Vital statistics of India. Vol. IV, Annual returns from 1871 to 1876. British Army of India, Native Army and jails of Bengal
Year: 1871
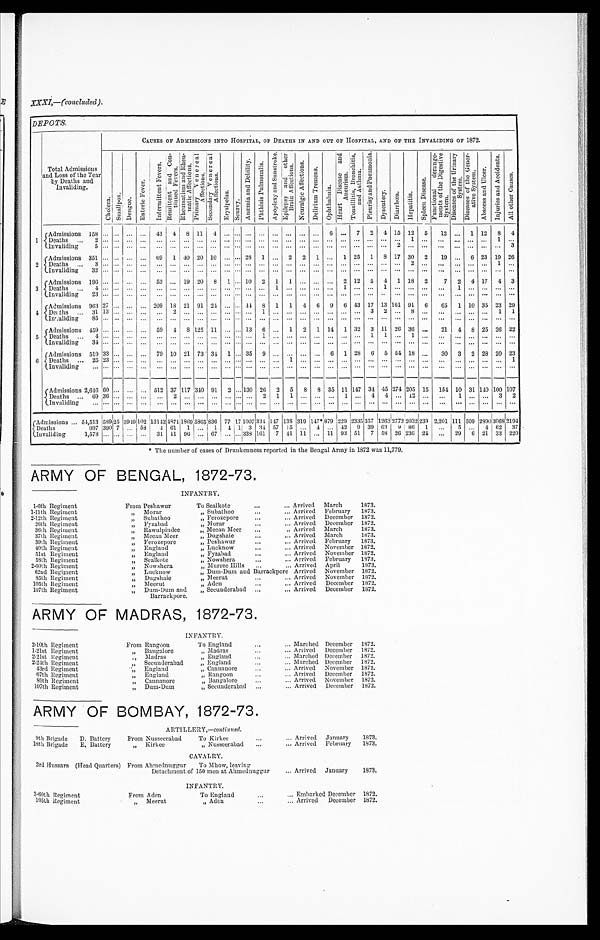
XXXI,—(concluded).
DEPOTS.
Total Admissions
and Loss of the Year
by Deaths and
Invaliding.
CAUSES OF ADMISSIONS INTO HOSPITAL, OF DEATHS IN AND OUT OF HOSPITAL, AND OF THE INVALIDING OF 1872.
C h o l e r a .
S m a l l p o x . D e n g u e .
E n t e r i c F e v e r .
I n t e r m i t t e n t F e v e r s .
R e m i t t e n t a n d C o n -
t i n u e d F e v e r s .
R h e u m a t i s m a n d R h e u -
m a t i c A f f e c t i o n s . P r i m a r y V e n e r e a l A f f e c t i o n s .
S e c o n d a r y V e n e r e a l A f f e c t i o n s .
E r y s i p e l a s .
S c u r v y .
A n æ m i a a n d D e b i l i t y . P h t h i s i s P u l m o n a l i s .
A p o p l e x y a n d S u n s t r o k e . E p i l e p s y a n d o t h e r B r a i n A f f e c t i o n s .
N e u r a l g i c A f f e c t i o n s .
D e l i r i u m T r e m e n s .
O p h t h a l m i a .
He a r t Di s e a s e a n d An e u r i s m.
T o n s i l l i t i s , B r o n c h i t i s , a n d A s t h m a .
P l e u r i s y a n d P n e u m o n i a .
D y s e n t e r y . D i a r r h œ a . Hepat i t i s .
S p l e e n D i s e a s e .
F u n c t i o n a l d e r a n g e -
m e n t s o f t h e D i g e s t i v e S y s t e m .
D i s e a s e s o f t h e U r i n a r y S y s t e m .
D i s e a s e s o f t h e G e n e r -
a t i v e S y s t e m.
A b s c e s s a n d U l c e r .
I n j u r i e s a n d A c c i d e n t s .
A l l o t h e r C a u s e s .
1 Admissions 158 ... ... ... ... 43 4 8 11
4
. . . . . . . . .
. . . . . . . . . .
. . . ... 6 ... 7 2 4 15 12 5
12 ... 1 12 8 4
Deaths ... 2 ... ...
..
.
... ... ... ... ...
. . . ... ... ... ... ... ... ... ... ... ... ... ... ... ... 1
. . . . . .
. . . ... ... 1 ...
Invaliding
5 . . . . . .
... ...
. . .
. . . . . .
...
. . .
. . . . . . . . .
. . . . . . . . . . . . ...
. . .
... ...
. . . . . . 2 ...
. . .
. . .
. . .
... ...
... . . .
2
Admissions 351 ... ... ... .. 69 1 40 20 10 ... ... 28 1 ... 2 2 1 ... 1 25 1 8 17 30 2
19 ... 6 23 19 26
Deaths ... 3 ... ... ... .. ... ... ... ... ... ... ... ... ... ... ... ... ... ...
. . . ... ...
. . . . . . . . .
2
. . .
. . . . . . ... ... 1
. . .
I n v a l i d i n g
3 2 . . . . . .
... ...
. . .
. . . . . .
...
. . . . . . . . . . . .
. . . . . . . . . . . . ...
. . . ... ...
. . . . . . . . .
...
. . .
. . . . . . ... ... ...
. . .
3
Admissions 196 . . . . . .
... ...
53 ... 19 20 8 1 ... 10 2 1 1
. . .
...
. . . 2 12 5 4 1 18 2
7 2 4 17 4 3
Deaths
4 ... ... ... ...
. . .
. . . . . .
...
. . . . . . . . . . . .
. . . 1
. . . . . .
...
. . . 1 ...
. . . 1
. . .
...
. . .
. . . 1 ... ...
...
. . .
Invaliding
2 3 ... ... ... ... ... ... ... ... ... ... ... ... ... . .. ... ... ...
. . . . . . ...
. . . . . .
. . . ...
. . . . . .
. . .
. . . ... ... ...
4 Admissions 963 27 ... ... ... 209 18 21 91 24 ... ... 44 8 1 1 4 6 9 6 43 17 13 161 91 6
65 1 10 35 23 29
D e a t h s
3 1 13 . . .
... ...
. . .
2 . . .
...
. . . . . . . . . . . .
1 . . . . . . . . . ...
. . . ... ...
3
2
. . .
8
. . .
. . . . . . ... ... 1 1
I n v a l i d i n g 85 ... .. ..
. . .
. . . . . . . . . ...
. . . . . . . . . . . . . . . . . . . . . . . . . . .
. . . . . . ...
. . . . . . . . . ...
. . . . . .
. . . . . . ... ...
. . .
5
Admissions 459 . . . . . . ...
. . . 59 4 8 125 11 ... ... 13 6 ... 1 2 1 14 1 32 3 11 26 36 ...
21 4 8 25 26 22
Deaths ... 4 ... ... ... ...
. . .
. . . . . .
...
. . . . . . . . . . . .
1 . . . . . . . . . ...
. . . ... ...
1
1
. . .
1
. . .
. . . . . . ... ... ...
. . .
Invaliding
34 . . . . . .
... ...
. . .
. . . . . .
...
. . . . . . . . . . . .
. . . . . . . . . . . . ...
. . . ... ...
. . . . . . . . .
...
. . .
. . . . . . ... ... ...
. . .
6 Admissions 519 33 ... .. ... 79 10 21 73 34 1 ... 35 9 ... ... ... ... 6 1 28 6 5 54 18 ...
30 3 2 28 20 23
D e a t h s
2 5 2 3 . . .
... ...
. . .
. . . . . .
...
. . . . . . . . . . . .
. . . . . . 1
. . . ...
. . . . . . ...
. . . . . . . . . ...
. . . . . .
. . . . . . ... ... 1
Invaliding
. . . . . . . . .
... ...
. . .
. . . . . .
...
. . . . . . . . . . . . ... ...
. . . ... . . . ... ... ...
. . . . . . . . . ...
. . . . . .
. . . ... ... ... ...
Admissions 2,646
6 0 . . .
... ...
5 1 2
37 117 340 91 2 ... 130 26 2 5 8 8 35 11 147 34 45 274 205 15 154 10
31
140 100
1 0 7
Deaths ...`69 36 . . .
... ...
. . . 2
. . .
...
. . . . . . . . . . . .
2 1
1
. . . ... . . .
1 ...
4
4
. . .
12
. . .
. . . 1 ... ... 3
2
Invaliding
... . . . . . . ... ... ... . . . ... ... ... ... ... ... ...
. . . . .. ... ... ... . .. ... ... ... ... ... ... ... . . . ... ... . .. ...
(Admissions ... 54,513 589 25 3949
102 13142 4871 1869 5865 836 77 17 1007 334 147 138 319 147*
8 7 9 229 2335 357
1 2 6 3 2 7 7 2 2032 239 2,201
-
111 509 2890
3068 2194
Deaths
997 390 7 ... 58
4 61 1 ...
1 4 1 3 34 57 15 ... 4 ... 42
9 3 9 6 3 9 86
1 ...
5 ... 4 62
3 7
Invaliding
1,578 ... ... ... ... 31 11 96 ... 67 67 ... . . . 3 3 8 161 7 41 11 ...
1 1 93 51
7
5 8 2 6 236
2 4 ... 29 6 21 33
2 2 0
*The number of cases of Drunkenness reported in the Bengal Army in 1872 was 11,779.
ARMY OF BENGAL, 1872-73.
INFANTRY.
1-6th Regiment
From Peshawur
T o S e a l k o t e Arrived March
1873.
1-11th Regiment
„ Morar
, , S u b a t h o o Arrived February 1873.
2-12th Regiment
„ Subathoo
, , F e r o z e p o r e Arrived December 1872.
26th Regiment
„ Fyzabad
, , M o r a r
Arrived December 1872.
36th Regiment
„ Rawulpindee
„ Meean Meer
...
Arrived March
1873.
37th Regiment
„ Meean Meer
, , D u g s h a i e Arrived March
1873.
39th Regiment
„ Ferozepore
, , P e s h a w u r
Arrived February 1873.
40th Regiment
„ England
, , L u c k n o w Arrived November 1872.
51st Regi ment
, ,
E n g l a n d
, , F y z a b a d
Arrived November 1872.
58th Regiment
,, Sealkote
, , N o w s h e r a
A r r i v e d February 1873.
2-60th Regiment
„ Nowshera
„ Murree Hills
Arrived April
1873.
62nd Regiment
„ Lucknow
„ Dum-Dum and Barrackpore Arrived November 1872.
85th Regiment
„ Dugshaie
, , M e e r u t Arrived November 1872.
105th Regiment
„ Meerut
, , A d e n Arrived December 1872.
107th Regiment
„ Dum-Dum and Barrackpore. „ Secunderabad ...
Arrived December 1872.
ARMY OF MADRAS, 1872-73.
INFANTRY.
2-10th Regiment
Front Rangoon
To England
...
... Marched December 1872.
1-21st Regiment
„ Bangalore
„ Madras
... Arrived December 1872.
2-21st Regiment
,, Madras
, , E n g l a n d
Marched December 1872.
2-24th Regiment
, , S e c u n d e r a b a d
„ England
... Marched. December 1872.
43rd Regiment
, , E n g l a n d
, , C a n n a n o r e Arrived November 1872.
67th Re g i me n t
, , Engl and „ Rangoon
...
Arrived December 1872.
89th Regiment
„ Cannanore
, , B a n g a l o r e
. . . Arrived November 1872.
107th Regiment
„
„ Dum-Dum
„ Secunderabad
... Arrived December 1872.
ARMY OF BOMBAY, 1872-73.
ARTILLERY,— continued.
9th Brigade D. Battery
From Nusseerabad
To Kirkee...
Arrived January
1873.
18th Brigade E. Battery
„ Kirkee
„ Nusseerabad ...
... Arrived February 1873.
CAVALRY.
3rd Hussars (Head Quarters) From Ahmednuggur
To Mhow, leaving
Arrived January
1873.
Detachment of 150 men at Ahmednuggur
...
INFANTRY.
3-60th Regiment
From Aden
To England... Embarked December 1872.
105th Regiment
„ Meerut
„ Aden
... Arrived December 1872.